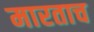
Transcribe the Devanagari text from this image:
मारताच